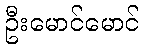
ဦးမောင်မောင်